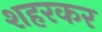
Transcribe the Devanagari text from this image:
शहरकर